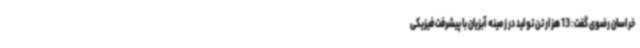
خراسان رضوی گفت: 13 هزار تن تولید در زمینه آبزیان با پیشرفت فیزیکی